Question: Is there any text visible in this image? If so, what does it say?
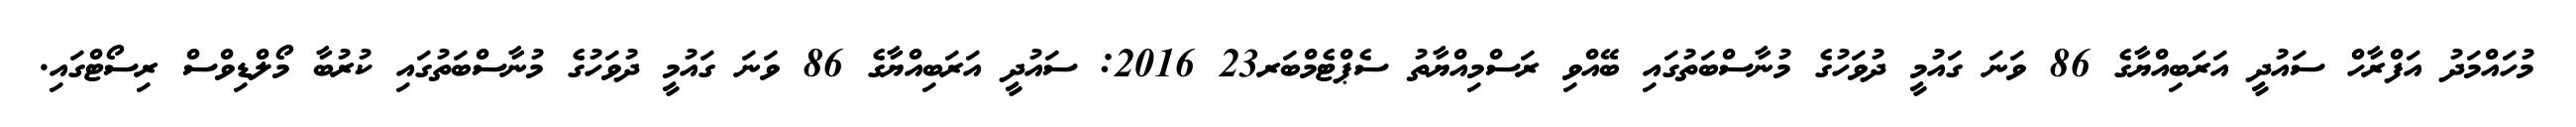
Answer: މުހައްމަދު އަފްރާހް ސައުދީ އަރަބިއްޔާގެ 86 ވަނަ ގައުމީ ދުވަހުގެ މުނާސްބަތުގައި ބޭއްވި ރަސްމިއްޔާތު ސެޕްޓެމްބަރ23 2016: ސައުދީ އަރަބިއްޔާގެ 86 ވަނަ ގައުމީ ދުވަހުގެ މުނާސްބަތުގައި ކުރުބާ މޯލްޑިވްސް ރިސޯޓްގައި.